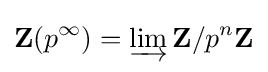
\mathbf {Z} (p^{\infty })=\varinjlim \mathbf {Z} /p^{n}\mathbf {Z}